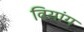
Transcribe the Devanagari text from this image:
वियांग